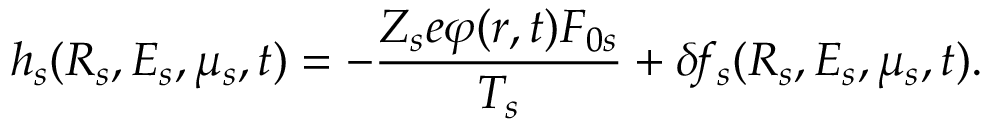
h _ { s } ( \boldsymbol { R } _ { s } , E _ { s } , \mu _ { s } , t ) = - \frac { Z _ { s } e \varphi ( \boldsymbol { r } , t ) F _ { 0 s } } { T _ { s } } + \delta \! f _ { s } ( \boldsymbol { R } _ { s } , E _ { s } , \mu _ { s } , t ) .